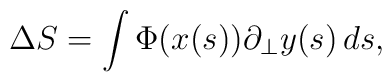
\Delta S=\int \Phi (x(s))\partial _{\bot }y(s)\,ds,